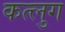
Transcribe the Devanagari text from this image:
कत्लुग